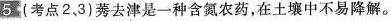
5(考点2，3)莠去津是一种含氮农药，在土壤中不易降解。